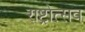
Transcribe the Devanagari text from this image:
राष्ट्रोत्सव